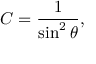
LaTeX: C = { \frac { 1 } { \sin ^ { 2 } \theta } } ,